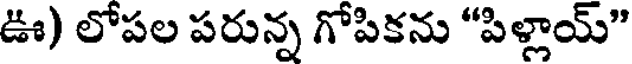
ఊ) లోపల పరున్న గోపికను "పిళ్లాయ్"